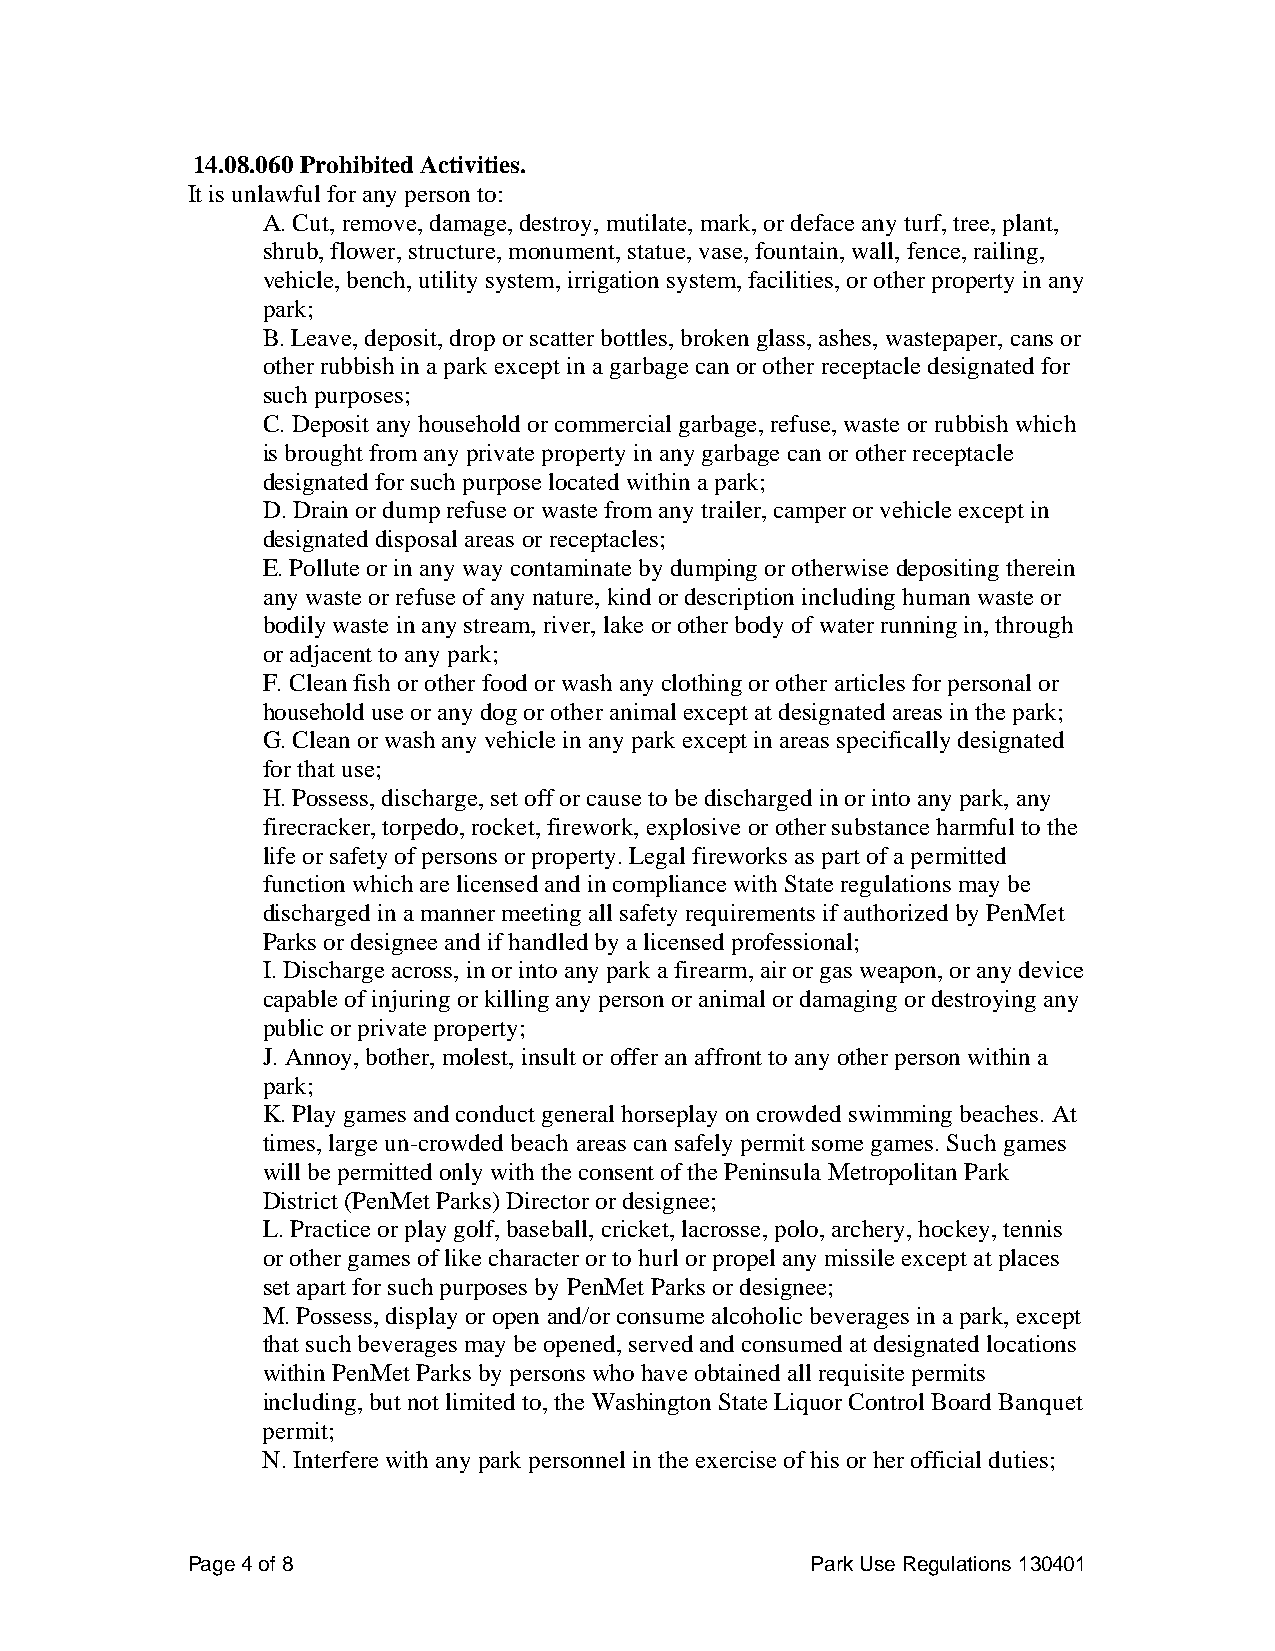
14.08.060 Prohibited Activities.
 It is unlawful for any person to:
 A. Cut, remove, damage, destroy, mutilate, mark, or deface any turf, tree, plant,
 shrub, flower, structure, monument, statue, vase, fountain, wall, fence, railing,
 vehicle, bench, utility system, irrigation system, facilities, or other property in any
 park;
 B. Leave, deposit, drop or scatter bottles, broken glass, ashes, wastepaper, cans or
 other rubbish in a park except in a garbage can or other receptacle designated for
 such purposes;
 C. Deposit any household or commercial garbage, refuse, waste or rubbish which
 is brought from any private property in any garbage can or other receptacle
 designated for such purpose located within a park;
 D. Drain or dump refuse or waste from any trailer, camper or vehicle except in
 designated disposal areas or receptacles;
 E. Pollute or in any way contaminate by dumping or otherwise depositing therein
 any waste or refuse of any nature, kind or description including human waste or
 bodily waste in any stream, river, lake or other body of water running in, through
 or adjacent to any park;
 F. Clean fish or other food or wash any clothing or other articles for personal or
 household use or any dog or other animal except at designated areas in the park;
 G. Clean or wash any vehicle in any park except in areas specifically designated
 for that use;
 H. Possess, discharge, set off or cause to be discharged in or into any park, any
 firecracker, torpedo, rocket, firework, explosive or other substance harmful to the
 life or safety of persons or property. Legal fireworks as part of a permitted
 function which are licensed and in compliance with State regulations may be
 discharged in a manner meeting all safety requirements if authorized by PenMet
 Parks or designee and if handled by a licensed professional;
 I. Discharge across, in or into any park a firearm, air or gas weapon, or any device
 capable of injuring or killing any person or animal or damaging or destroying any
 public or private property;
 J. Annoy, bother, molest, insult or offer an affront to any other person within a
 park;
 K. Play games and conduct general horseplay on crowded swimming beaches. At
 times, large un-crowded beach areas can safely permit some games. Such games
 will be permitted only with the consent of the Peninsula Metropolitan Park
 District (PenMet Parks) Director or designee;
 L. Practice or play golf, baseball, cricket, lacrosse, polo, archery, hockey, tennis
 or other games of like character or to hurl or propel any missile except at places
 set apart for such purposes by PenMet Parks or designee;
 M. Possess, display or open and/or consume alcoholic beverages in a park, except
 that such beverages may be opened, served and consumed at designated locations
 within PenMet Parks by persons who have obtained all requisite permits
 including, but not limited to, the Washington State Liquor Control Board Banquet
 permit;
 N. Interfere with any park personnel in the exercise of his or her official duties;
 Page 4 of 8                               Park Use Regulations 130401